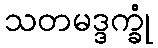
သတမဒ္ဒက္ခုံ